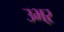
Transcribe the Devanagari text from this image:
उभऱ